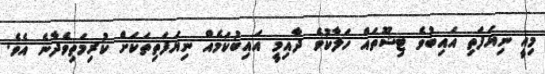
މިއީ ނިޔަފަތި އައިބުވެ ޓިޝޫތައް ހަލާކުވެ ދާއިމީ އައިބުކަމެއް ނިޔަފަތިތަކަށް ކުރިމަތިވެދާނެ އެވެ.